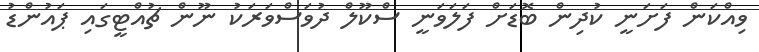
ވިއްކަން ފަށަނީ ކުދިން ބޮޑަށް ފަލަވަނީ ސްކޫލް ދުވަސްވަރަކު ނޫން ޗުއްޓީގައި ޕައުންޑު